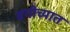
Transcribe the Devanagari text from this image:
बगीच्यात